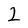
Character: 2